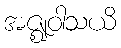
အဇ္ဈဝါသယိ